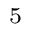
^ { 5 }